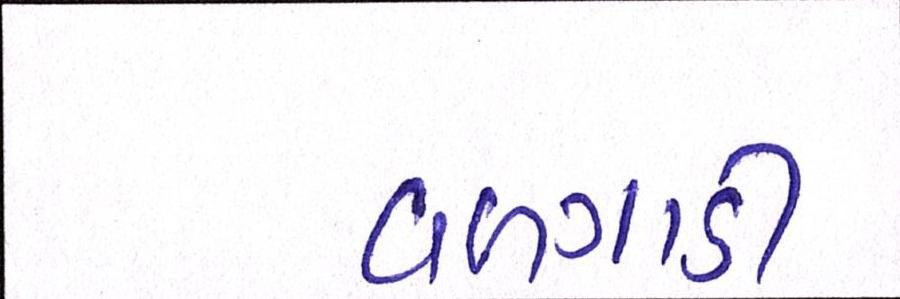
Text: વળગાડી